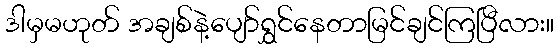
ဒါမှမဟုတ် အချစ်နဲ့ပျော်ရွှင်နေတာမြင်ချင်ကြပြီလား။